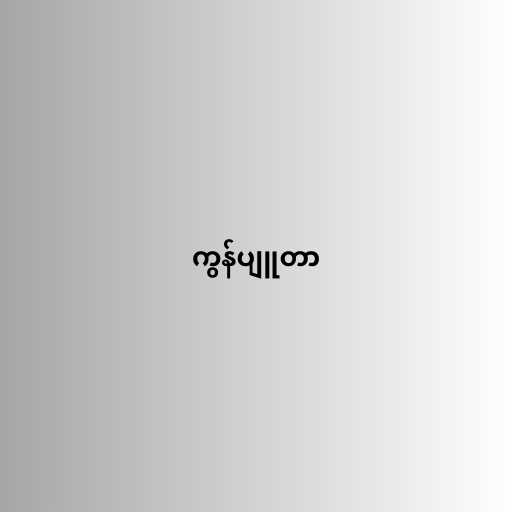
ကွန်ပျူတာ